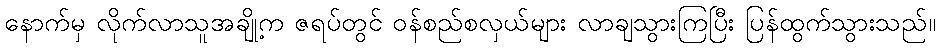
နောက်မှ လိုက်လာသူအချို့က ဇရပ်တွင် ဝန်စည်စလှယ်များ လာချသွားကြပြီး ပြန်ထွက်သွားသည်။